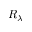
R _ { \lambda }